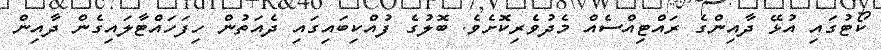
ކޯޓުގައި އުޅޭ ދާއިންގެ ރައްޓިއްސެއް މެދުވެރިކޮށެވެ. ބޮލުގެ ފުއްކިބައިގައި ދެއަތުން ހިފަހައްޓާލައިގެން ދާއިން